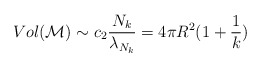
\begin{align*}Vol ({\cal M}) \sim c_2 \frac{N_k}{\lambda_{N_k}} = 4 \pi R^2 (1 + \frac{1}{k})\end{align*}